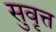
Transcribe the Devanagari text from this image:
सुवृत्त